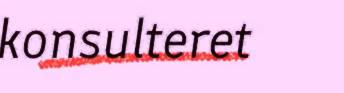
konsulteret